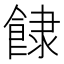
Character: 𩛾